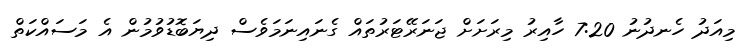
މިއަދު ހެނދުނު 7:20 ހާއިރު މިރަށަށް ޖަނަރޭޓަރުތައް ގެނައިނަމަވެސް ދިޔަބޮޑުވުމުން އެ މަސައްކަތް